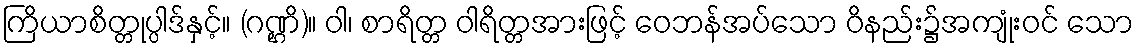
ကြိယာစိတ္တုပ္ပါဒ်နှင့်။ (ဂဏ္ဌိ)။ ဝါ၊ စာရိတ္တ ဝါရိတ္တအားဖြင့် ဝေဘန်အပ်သော ဝိနည်း၌အကျုံးဝင် သော